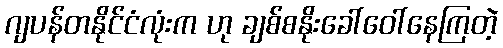
ဂျပန်တနိုင်ငံလုံးက ဟု ချစ်စနိုးခေါ်ဝေါ်နေကြတဲ့